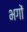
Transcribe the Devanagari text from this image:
भगों